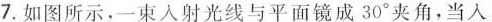
7.如图所示，一束入射光线与平面镜成30°夹角，当入